Source: Handwritten
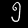
Digit: ၅ (5)